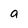
Character: a